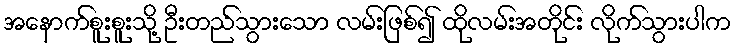
အနောက်စူးစူးသို့ ဦးတည်သွားသော လမ်းဖြစ်၍ ထိုလမ်းအတိုင်း လိုက်သွားပါက